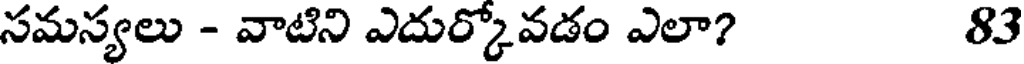
సమస్యలు - వాటిని ఎదుర్కోవడం ఎలా? 83